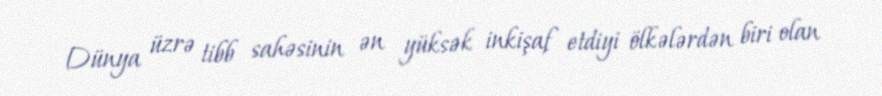
Dünya üzrə tibb sahəsinin ən yüksək inkişaf etdiyi ölkələrdən biri olan